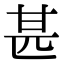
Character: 甚